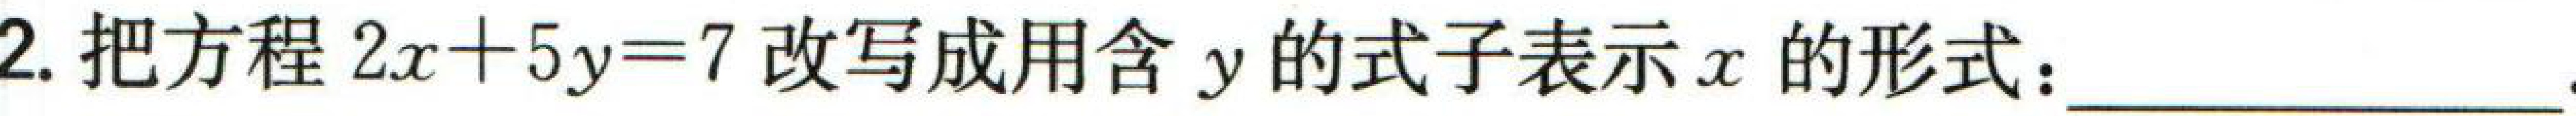
2. 把方程\(2x + 5y = 7\)改写成用含\(y\)的式子表示\(x\)的形式：___ 。